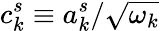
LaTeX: c_{k}^{s}\equiv a_{k}^{s}/\sqrt{\omega_{k}}